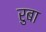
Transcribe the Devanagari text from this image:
रुबा